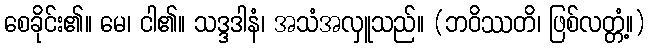
စေခိုင်း၏။ မေ၊ ငါ၏။ သဒ္ဒဒါနံ၊ အသံအလှူသည်။ (ဘဝိဿတိ၊ ဖြစ်လတ္တံ့။)